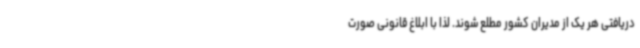
دریافتی هر یک از مدیران کشور مطلع شوند. لذا با ابلاغ قانونی صورت